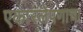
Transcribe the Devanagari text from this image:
एकारलेपणाचा